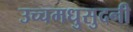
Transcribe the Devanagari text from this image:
उच्चमधुसुदनी